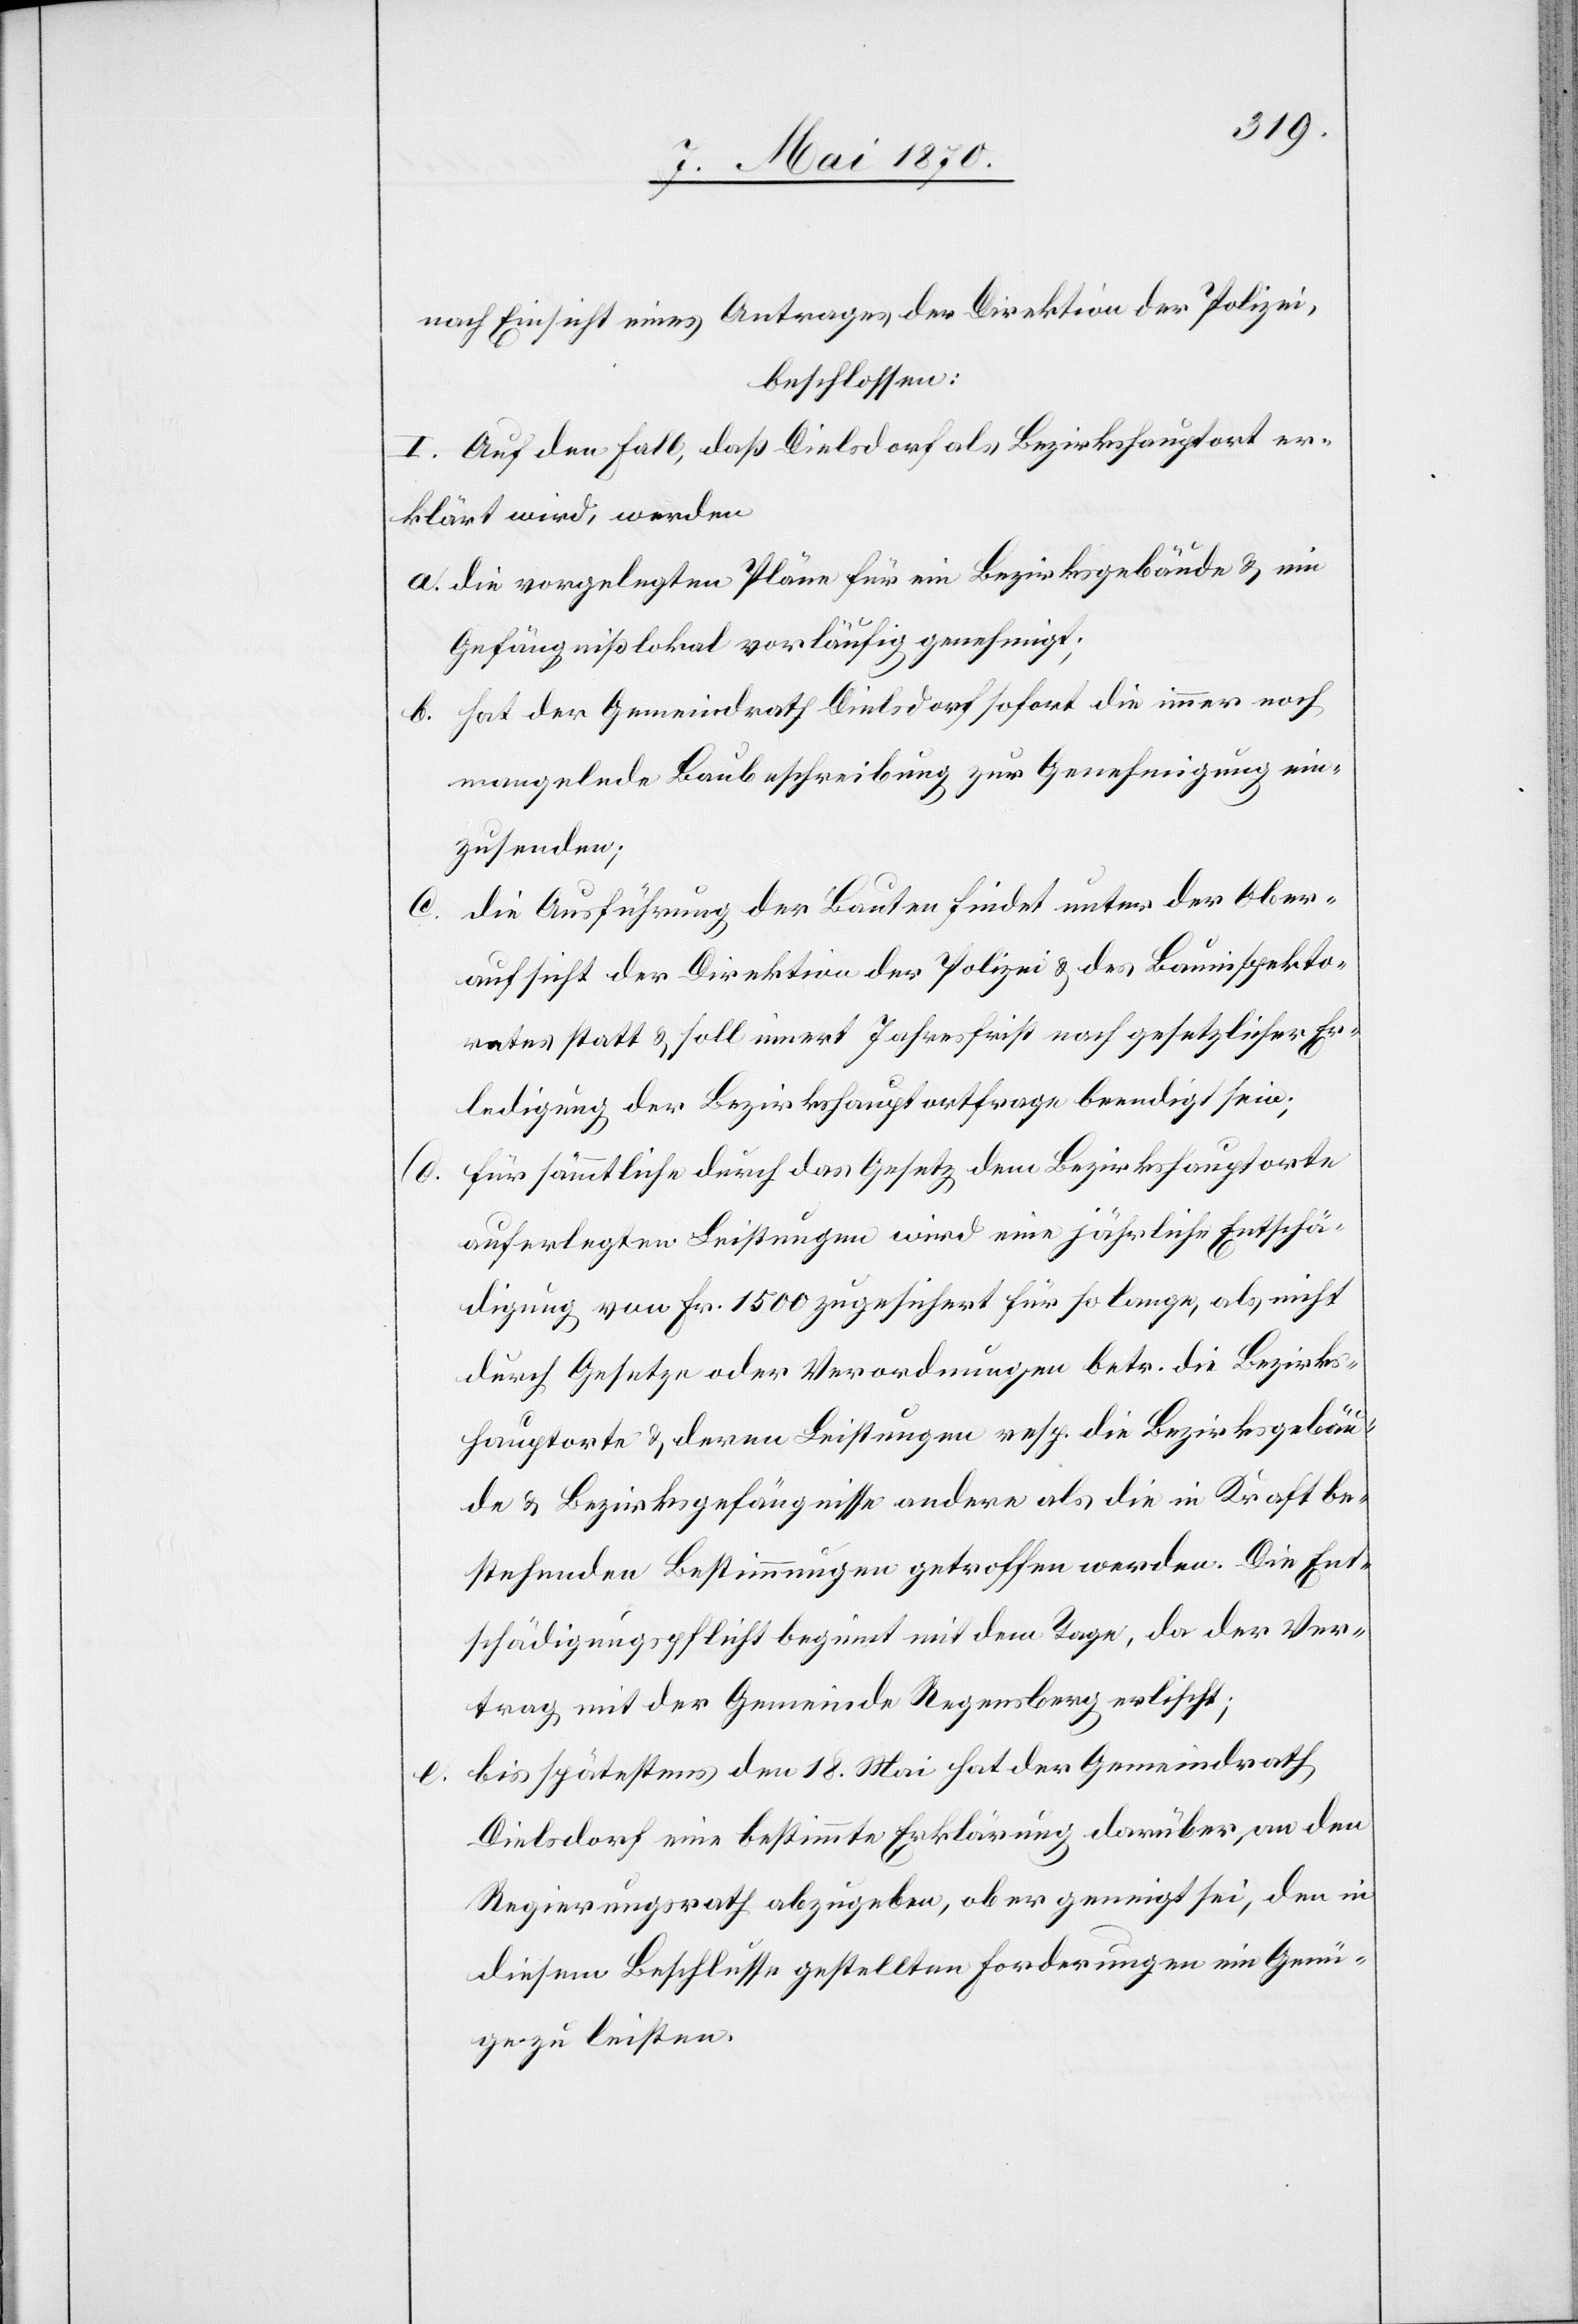
nach Einsicht eines Antrages der Direktion der Polizei,
beschlossen:
I. Auf den Fall, daß Dielsdorf als Bezirkshauptort er¬
klärt wird, werden
a. die vorgelegten Pläne für ein Bezirksgebäude & ein
Gefängnißlokal vorläufig genehmigt;
b. hat der Gemeindrath Dielsdorf sofort die immer noch
mangelnde Baubeschreibung zur Genehmigung ein¬
zusenden;
die Ausführung der Bauten findet unter der Ober¬
aufsicht der Direktion der Polizei & des Bauinspekto¬
rates statt & soll innert Jahresfrist nach gesetzlicher Er¬
ledigung der Bezirkshauptortfrage beendigt sein;
d. für sämmtliche durch das Gesetz dem Bezirkshauptorte
auferlegten Leistungen wird eine jährliche Entschä¬
digung von Fr. 1500 zugesichert für solange, als nicht
durch Gesetze oder Verordnungen betr. die Bezirks¬
hauptorte & deren Leistungen resp. die Bezirksgebäu¬
de & Bezirksgefängnisse andere als die in Kraft be¬
stehenden Bestimmungen getroffen werden. Die Ent¬
schädigungspflicht beginnt mit dem Tage, da der Ver¬
trag mit der Gemeinde Regensberg erlischt;
bis spätestens den 18. Mai hat der Gemeindrath
Dielsdorf eine bestimmte Erklärung darüber, an den
Regierungsrath abzugeben, ob er geneigt sei, den in
diesem Beschlusse gestellten Forderungen ein Genü¬
ge zu leisten.